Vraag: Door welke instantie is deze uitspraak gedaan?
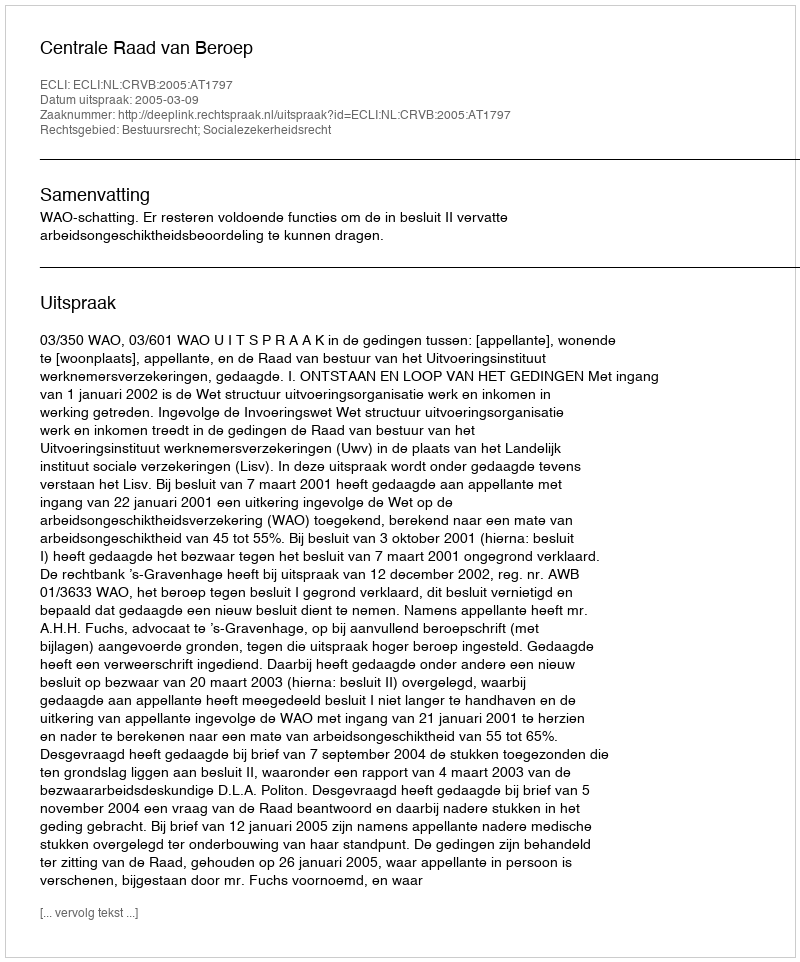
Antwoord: Centrale Raad van Beroep